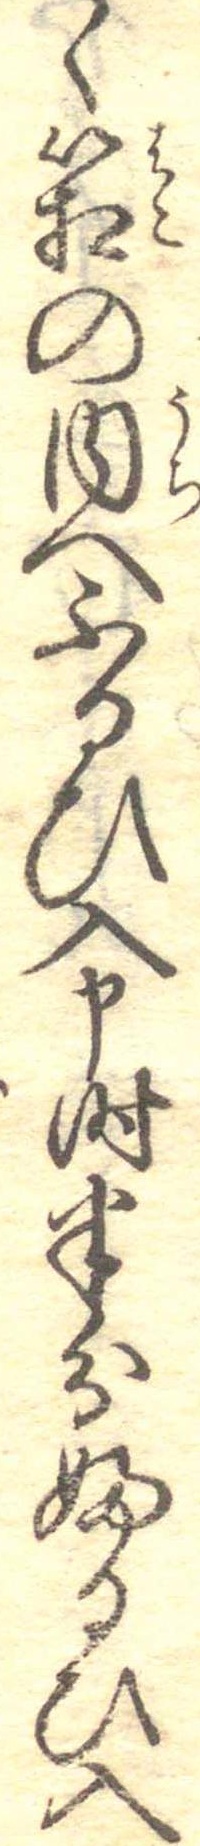
く箱の内へふるひ入申時半分ふるひ入